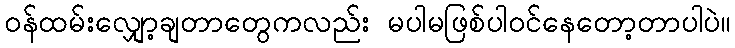
ဝန်ထမ်းလျှော့ချတာတွေကလည်း မပါမဖြစ်ပါဝင်နေတော့တာပါပဲ။